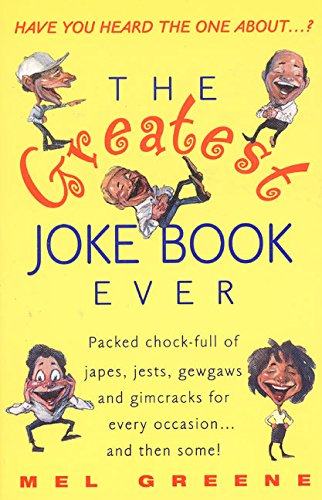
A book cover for The Greatest Joke Book Ever; Mel Greene; Humor & Entertainment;